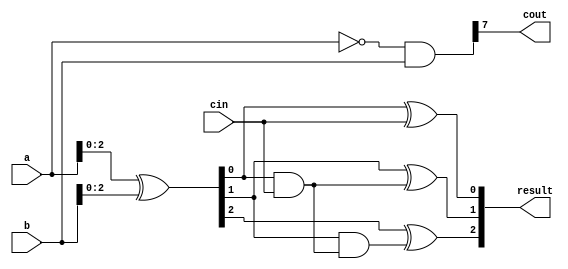
module subtractor(
    input [7:0] a,
    input [7:0] b,
    input cin,
    output [7:0] result,
    output cout
);
    
    wire [7:0] diff;
    wire [7:0] borrow;
    
    // XOR gates for calculating difference bits
    assign diff = a ^ b;
    
    // AND gates for calculating borrow bits
    assign borrow = ~a & b;
    
    // Cascading XOR gates for handling borrow operations
    assign result[0] = diff[0] ^ cin;
    assign borrow[0] = diff[0] & cin;
    assign result[1] = diff[1] ^ borrow[0];
    assign borrow[1] = diff[1] & borrow[0];
    assign result[2] = diff[2] ^ borrow[1];
    assign borrow[2] = diff[2] & borrow[1];
    // continue cascading for remaining bits
    
    // Output final result and carry-out signal
    assign cout = borrow[7];
    
endmodule